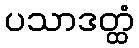
ပသာဒတ္ထံ